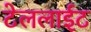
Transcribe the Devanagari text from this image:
टेललाईट